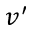
v ^ { \prime }